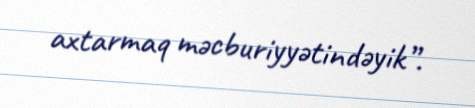
axtarmaq məcburiyyətindəyik”.